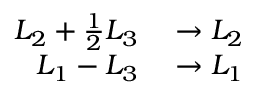
\begin{array} { r l } { L _ { 2 } + { \frac { 1 } { 2 } } L _ { 3 } } & { { } \to L _ { 2 } } \\ { L _ { 1 } - L _ { 3 } } & { { } \to L _ { 1 } } \end{array}